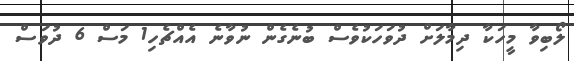
ލޯބިވާ މީހަކާ ދިމާލަށް ދުވަހަކުވެސް ބުނެގެން ނުވާނެ އެއްޗެހި1 މަސް 6 ދުވަސް